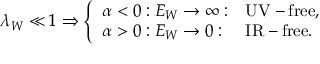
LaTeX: \lambda _ { W } \ll 1 \Rightarrow \left\{ \begin{array} { l l l } { { \alpha < 0 : E _ { W } \rightarrow \infty : } } & { { \mathrm { U V - f r e e , } } } \\ { { \alpha > 0 : E _ { W } \rightarrow 0 : } } & { { \mathrm { I R - f r e e . } } } \end{array} \right.